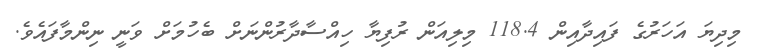
މިދިޔަ އަހަރުގެ ފައިދާއިން 118.4 މިލިއަން ރުފިޔާ ހިއްސާދާރުންނަށް ބެހުމަށް ވަނީ ނިންމާފައެވެ.